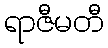
ရာဇီမတီ